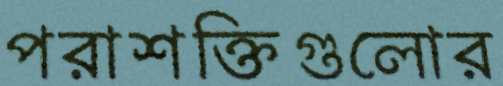
পরাশক্তিগুলোর